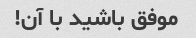
موفق باشید با آن!